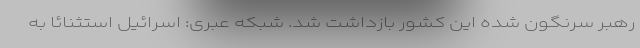
رهبر سرنگون شده این کشور بازداشت شد. شبکه عبری: اسرائیل استثنائا به